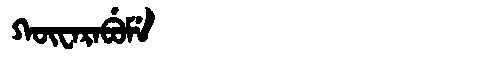
Manchu: ᡴᡡᠸᠠᡵᠠᠪᡠᠮᡝ
Romanization: KŪWARABUME